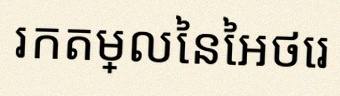
រកតម្លៃនៃអថេរ